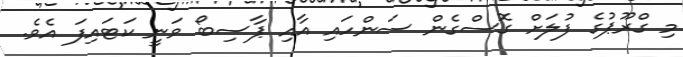
މި ގްރޫޕުގެ ފުލަށް ގޮސްގެން ސަންހައި އާއި ޕާސިބޯ ވަނީ ކަޓައިފަ އެވެ.